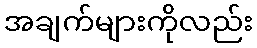
အချက်များကိုလည်း